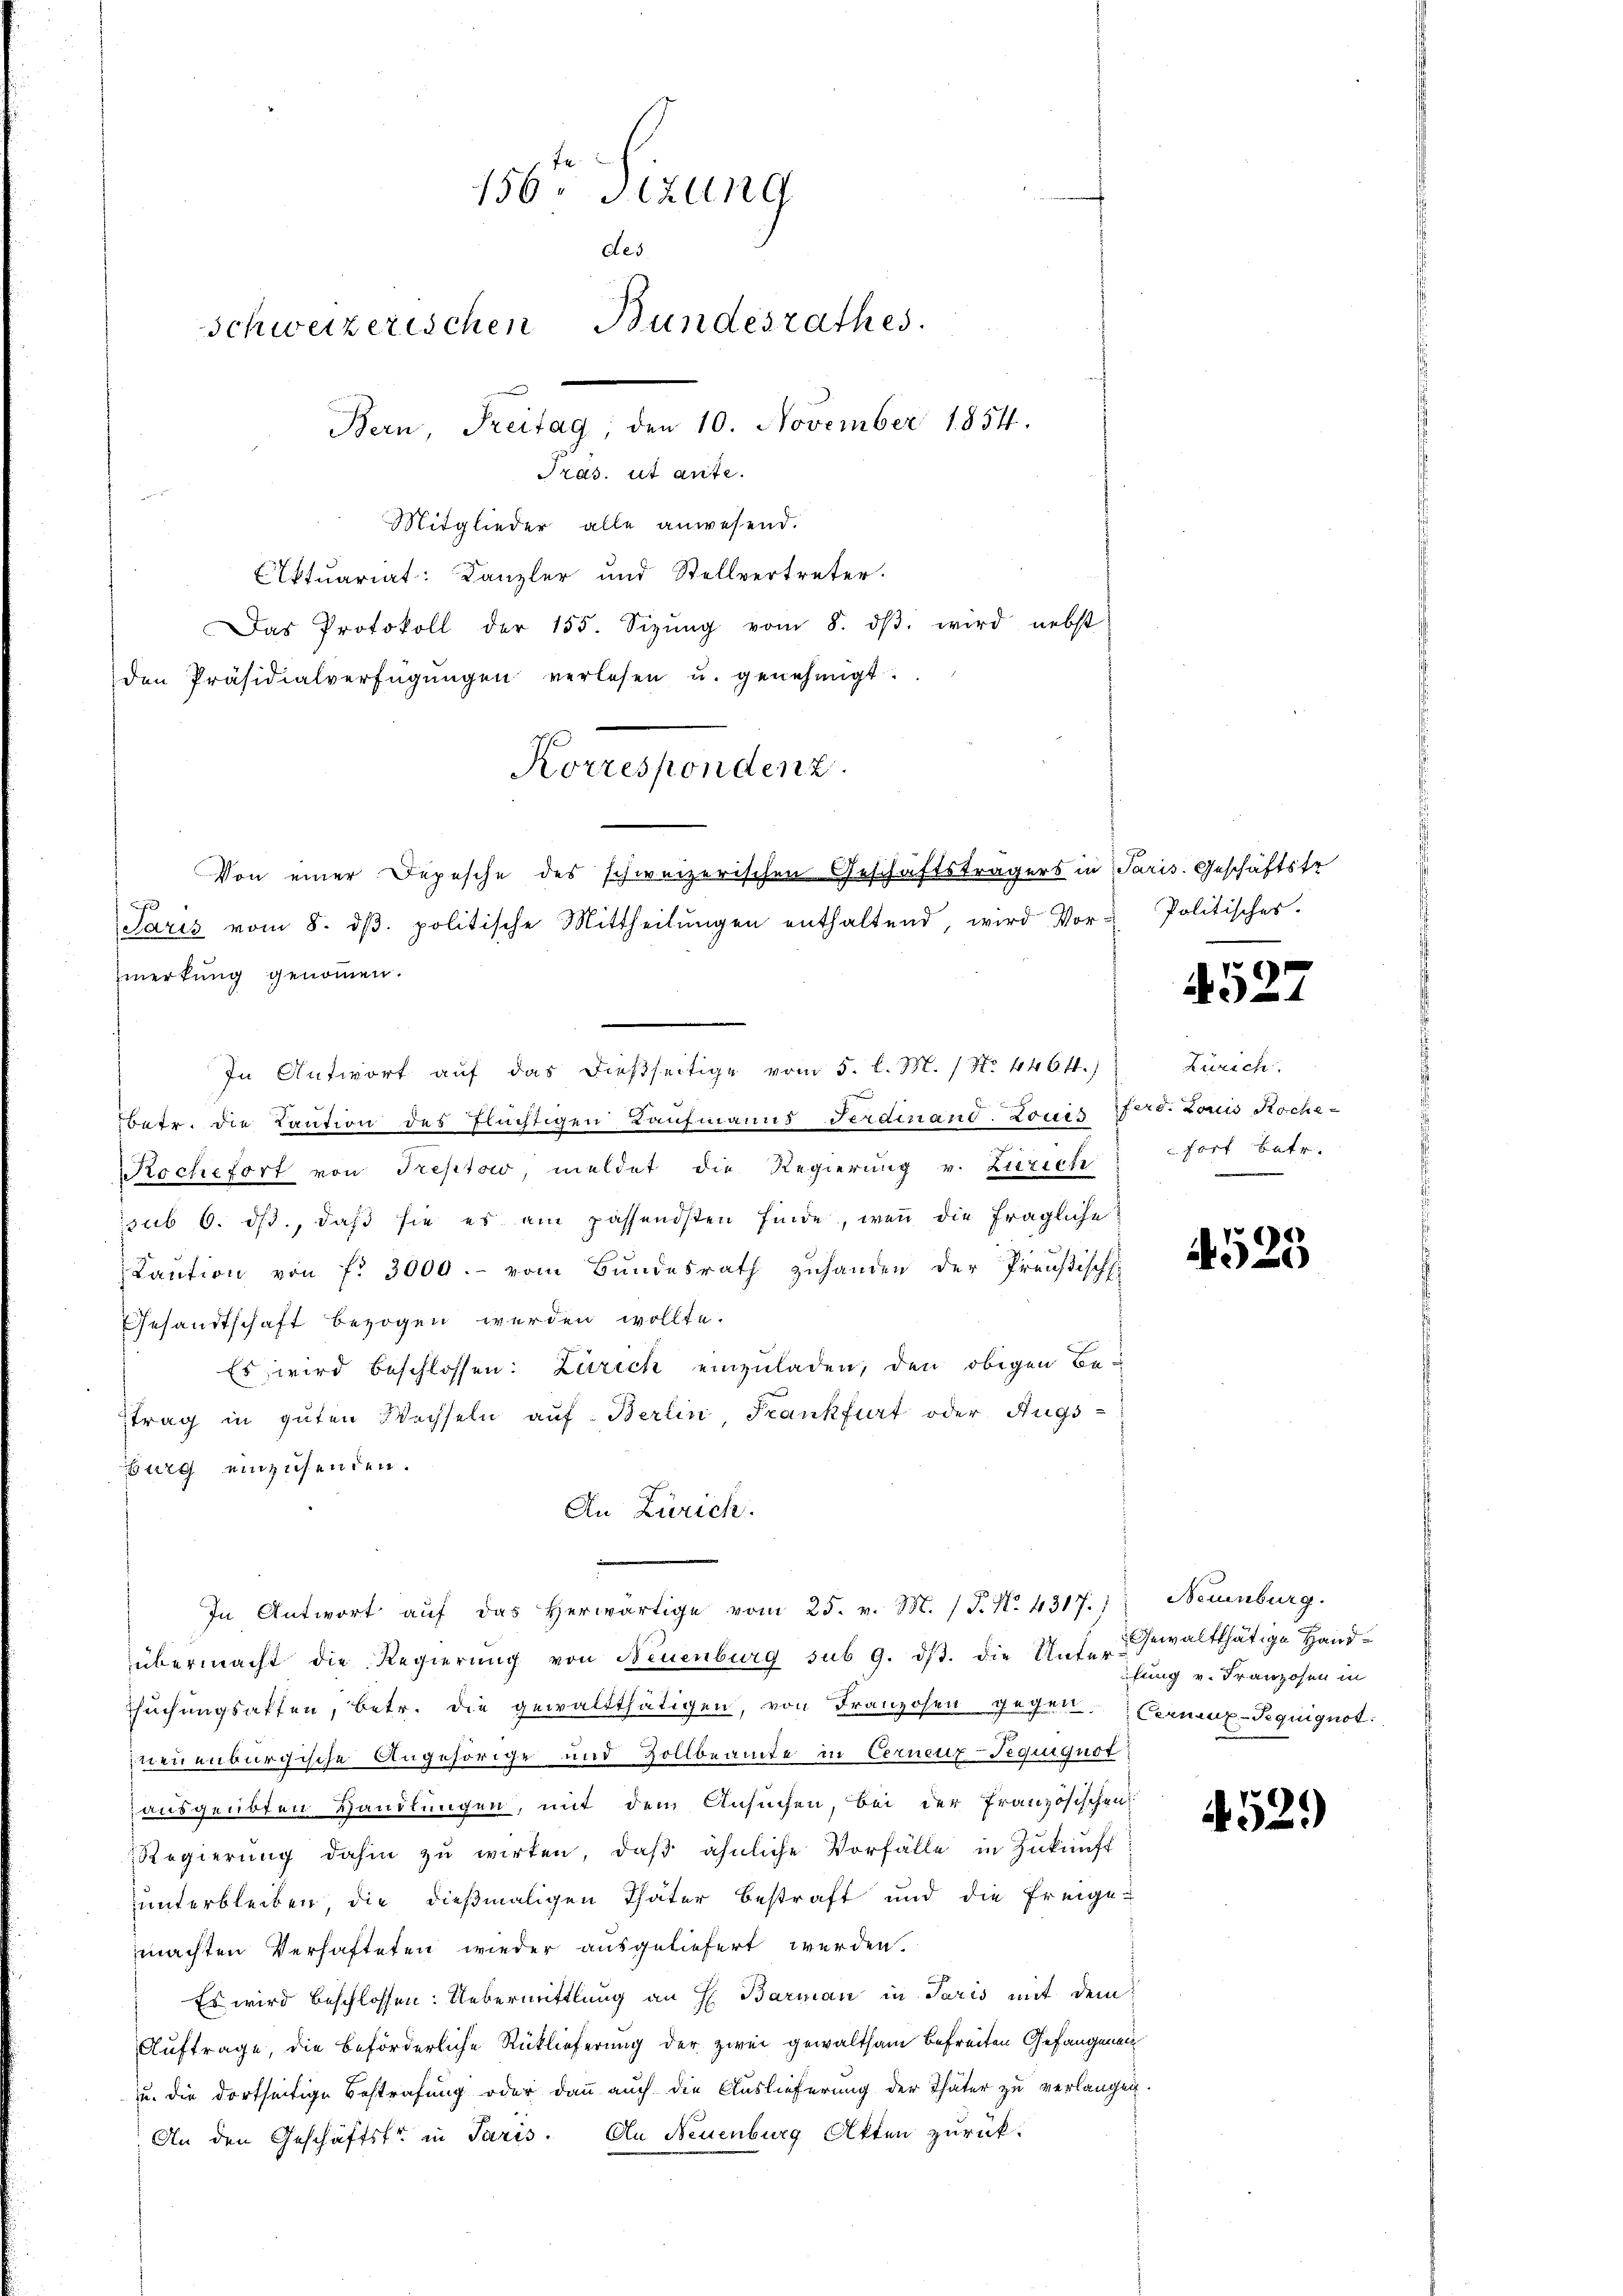
156t Sizung
des
Schweizerischen Bundesrathes.
Bern, Freitag, den 10. November 1854.
Tras. ut aute.

Mitglieder alle anwesend.
Aktuariat: Kanzler und Stellvertreter.
Das Protokoll der 155. Sizŭng vom 8. dβ wird nebst
den Präsidialverfügŭngen verlesen u. genehmigt.
2
merkung genommen.
In Antwort auf das dießseitige vom 5. l. M. / No. 446 ff.)
betr. die Kaution des Flüchtigen Kaufmanns Ferdinand. Louis eid. Louis Roche¬
Rochefort von Treptow, meldet die Regierung v. Zürich
sub 6. ds., daß sie es am passendsten finde, wenn die fragliche
Caution von f. 3000.- vom Bundesrath zuhanden der Preußisch-
Gesandtschaft bezogen werden wollte.
Es wird beschlossen: Zürich einzuladen, den obigen Betrag in guten Wechseln auf Berlin Frankfurt oder Augs-
Burg einzusenden.
An Zürich.
In Antwort aŭf das herwärtige vom 25. v. M. P. N. 4317.) Neuenburg.
übermacht die Regierŭng von Neuenburg sub 9. dβ. die Unter Gewaltthätige Hand-
Thuchungsakten, betr. die gewaltthätigen, von Franzosen gegen Fernenz-Sequignot.
neuenburgische Angehörige und Zollbeamte in Cernenz-Tequiquot
ausgeübten Handlungen, mit dem Ansuchen, bei der französischen
Regierŭng dahin zŭ wirken, daβ ähnliche Vorfälle in Zŭkŭnft
unterbleiben, die dießmaligen Thäter Bestraft und die freige-
machten Verhafteten wieder ausgeliefert werden.
Es wird beschlossen: Uebermittlung an H. Barman in Paris mit dem
Auftrage, die beförderliche Rücklieferung der zwei gewaltsam befreiten Gefangenau
u. die dortseitige Bestrafung oder dann auch die Auslieferung der Thäter zu verlangen.
An den Geschäftsfr. in Paris. An Neuenburg Akten zurück.

Korrespondenz.
Von einer Depesche des schweizerischen Geschäftsträgers in Paris. Geschäftste
Saris vom 8. dβ. politische Mittheilŭngen enthaltend, wird Vor- Politischer.

4527

Zürich
fort betr.

4523

fung v. Franzosen in

4529)